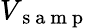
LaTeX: V_{\mathrm{~s~a~m~p~}}